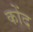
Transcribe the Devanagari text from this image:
कोंद